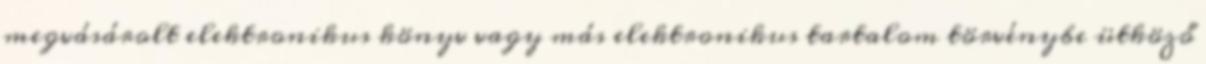
megvásárolt elektronikus könyv vagy más elektronikus tartalom törvénybe ütköző